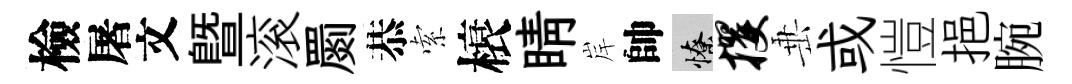
檢屠文暨滚罽恭索榱睛岸帥憭攫𡸁或愷挹腕